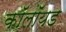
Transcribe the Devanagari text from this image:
कॉलॉयड